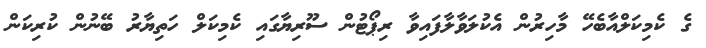
ގެ ކެމިކަލްއާބެހޭ މާހިރުން އެކުލަވާލާފައިވާ ރިޕޯޓުން ސޫރިޔާގައި ކެމިކަލް ހަތިޔާރު ބޭނުން ކުރިކަން